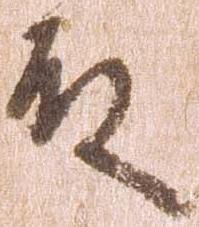
殿